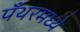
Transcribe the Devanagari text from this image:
पँथरमध्ये